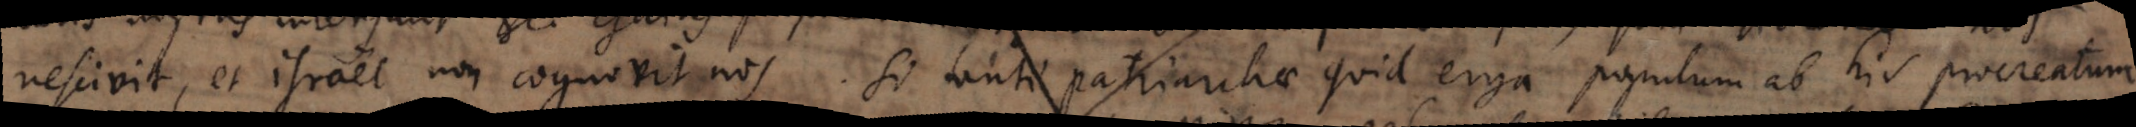
nescivit, et Israel non cognovit nos. Si tanti patriarchae quid erga populum ab his procreatum